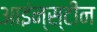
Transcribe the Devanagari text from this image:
आइंन्स्टीन